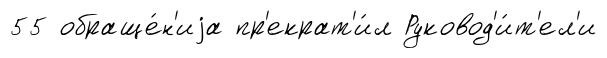
55 обраще́н'иjа пр'екрат'и́л Руковод'и́т'ел'и